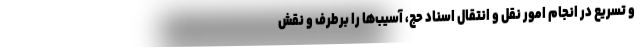
و تسریع در انجام امور نقل و انتقال اسناد حج، آسیب‌ها را برطرف و نقش